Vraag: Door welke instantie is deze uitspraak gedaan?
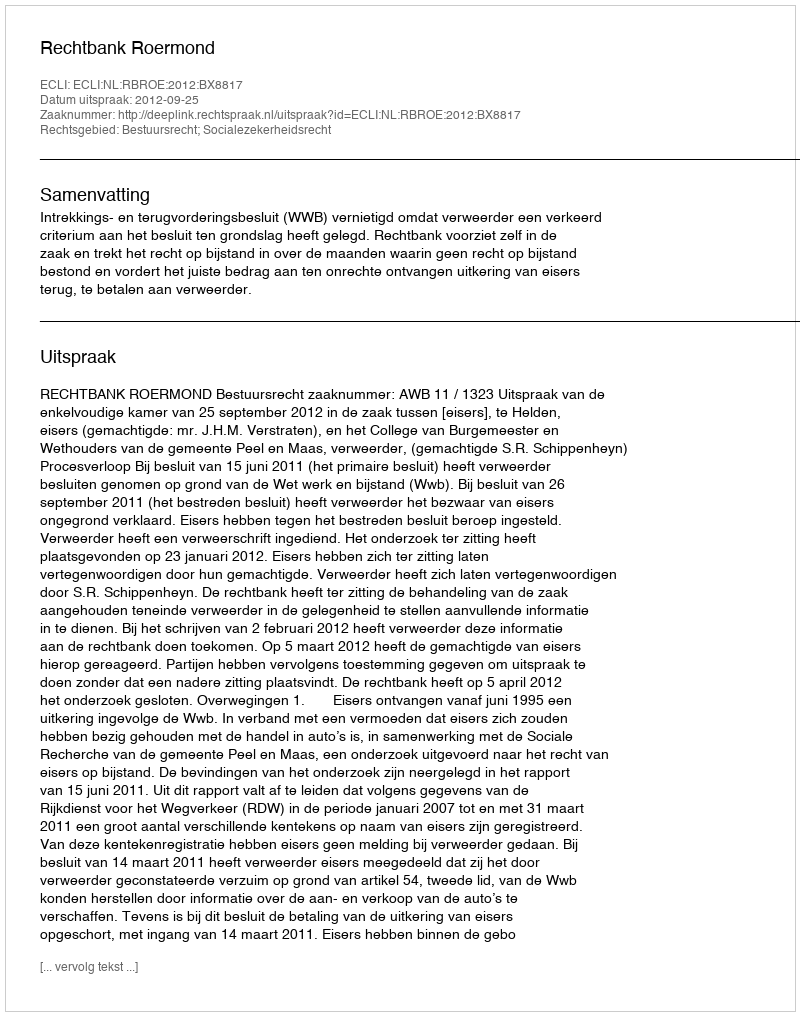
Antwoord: Rechtbank Roermond